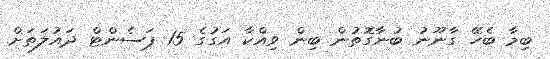
ބިމާ ބެހޭ ގާނޫނު ބުނާގޮތުން ބިން ވިއްކާ އަގުގެ 15 ޕަސެންޓް ދައުލަތަށް